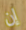
إن